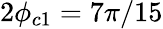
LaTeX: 2\phi_{c1}=7\pi/15